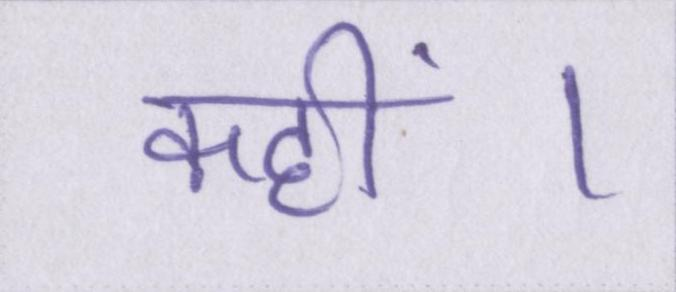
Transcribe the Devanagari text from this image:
कहीं।